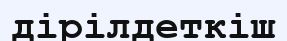
дірілдеткіш